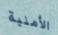
الأمنية